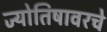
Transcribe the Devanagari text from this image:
ज्योतिषावरचे